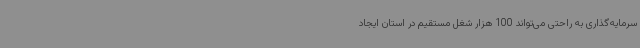
سرمایه‌گذاری به راحتی می‌تواند 100 هزار شغل مستقیم در استان ایجاد